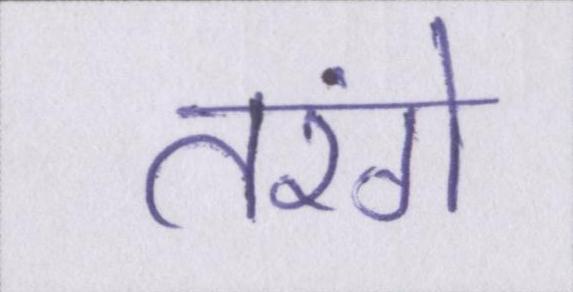
तरंगे